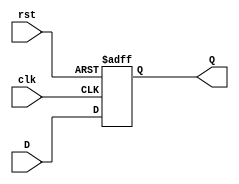
// This program was cloned from: https://github.com/Helazhary/Riscv-Verilog-Pipelined
// License: BSD 3-Clause "New" or "Revised" License

`timescale 1ns / 1ps


module DFlipFlop(input clk, input rst, input D, output reg Q);

    always @ (posedge clk or posedge rst)
    if (rst) begin
        Q <= 1'b0;
    end else
        begin
            Q <= D;

        end

endmodule